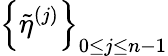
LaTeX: \left\{ \tilde{\eta}^{(j)}\right\} _{0\leq j\leq n-1}